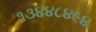
૧૩૪૪૮૪૯૪